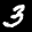
Label: 3